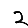
Digit: 2